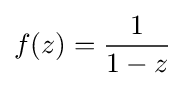
f(z)={\frac {1}{1-z}}